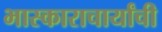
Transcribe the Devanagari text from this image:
भास्काराचार्यांची